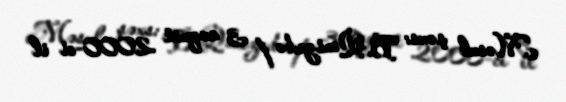
Məsul şəxs: B. Qənizadə / 3 avqust 2000-ci il